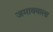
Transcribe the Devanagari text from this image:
जमाववाला